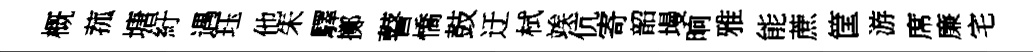
概菰塘紆遇珏他朱驛擲瞽憍鼓迂栻竢伉寄韶墁晌雅能蔗筐游席廉宅